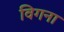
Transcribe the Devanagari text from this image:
विगना